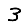
Digit: 3